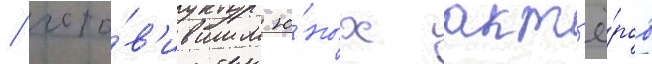
/ гото́в'ившим ю́ных акт'ё́ров